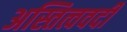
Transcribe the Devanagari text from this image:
अस्तित्ववदी